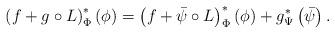
LaTeX: \begin{align*}\left(f+g\circ L\right)^{*}_\Phi\left(\phi\right) = \left(f+\bar{\psi}\circ L\right)^{*}_\Phi\left(\phi\right)+g^{*}_\Psi\left(\bar{\psi} \right).\end{align*}